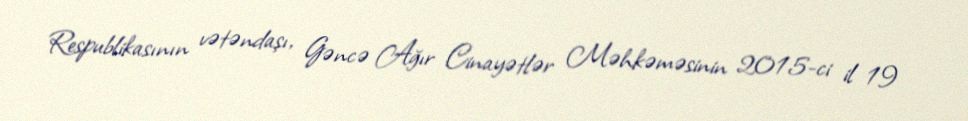
Respublikasının vətəndaşı, Gəncə Ağır Cinayətlər Məhkəməsinin 2015-ci il 19